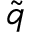
\tilde { q }